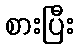
စားပြီး